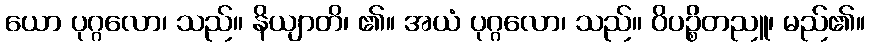
ယော ပုဂ္ဂလော၊ သည်။ နိယျာတိ၊ ၏။ အယံ ပုဂ္ဂလော၊ သည်။ ဝိပဉ္စိတညူ၊ မည်၏။